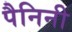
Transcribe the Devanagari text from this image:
पैनिनी